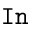
\mathtt { I n }